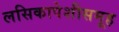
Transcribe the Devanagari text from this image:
लसिकापेशीसमूह